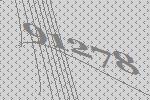
91278